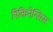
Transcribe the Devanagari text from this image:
पिकिनेन्सिस